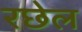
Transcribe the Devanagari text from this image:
रछेल